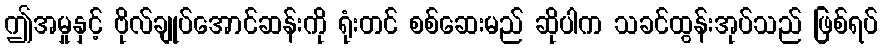
ဤအမှုနှင့် ဗိုလ်ချုပ်အောင်ဆန်းကို ရုံးတင် စစ်ဆေးမည် ဆိုပါက သခင်ထွန်းအုပ်သည် ဖြစ်ရပ်